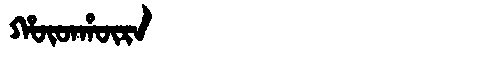
Manchu: ᡥᡡᡨᡥᡡᡵᠠ
Romanization: HŪTHŪRA